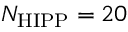
N _ { \mathrm { H I P P } } = 2 0